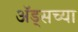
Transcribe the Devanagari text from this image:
अॅड्सच्या